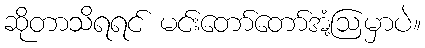
ဆိုတာသိရရင် မင်းတော်တော်အံ့ဩမှာပဲ။